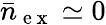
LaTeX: \bar{n}_{\mathrm{~e~x~}}\simeq 0